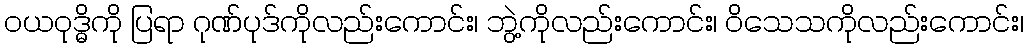
ဝယဝုဒ္ဓိကို ပြရာ ဂုဏ်ပုဒ်ကိုလည်းကောင်း၊ ဘွဲ့ကိုလည်းကောင်း၊ ဝိသေသကိုလည်းကောင်း၊